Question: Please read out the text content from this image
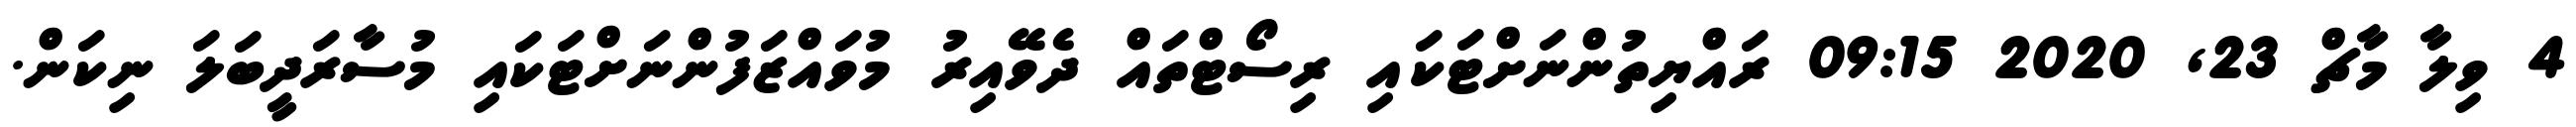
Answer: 4 ވިލާ މާޗް 23, 2020 09:15 ރައްޔިތުންނަށްޓަކައި ރިސޯޓްތައް ދެވޭއިރު މުވައްޒަފުންނަށްޓަކައި މުސާރަދީބަލަ ނިކަން.